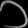
Digit: ၁